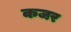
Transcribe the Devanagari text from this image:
कजर